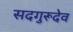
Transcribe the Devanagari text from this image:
सदगुरूदेव